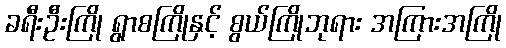
ခရီးဦးကြို ရွာစကြိုနှင့် စွယ်ကြိုဘုရား အကြားအကြို